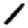
Digit: 1